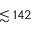
\lesssim 1 4 2